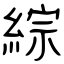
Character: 綜